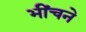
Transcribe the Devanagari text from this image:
भींचने